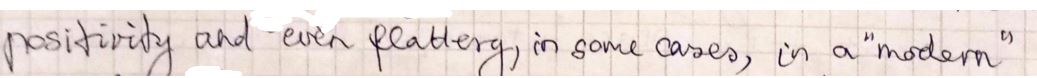
positivity and even flattery, in some cases, in a " modern "